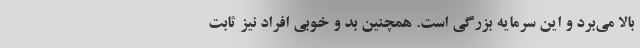
بالا می‌برد و این سرمایه بزرگی است. همچنین بد و خوبی افراد نیز ثابت